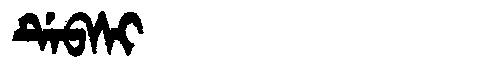
Manchu: ᡩᡝᠪᠰᡳ
Romanization: DEBSI